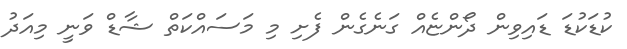
ކުޑަކުޑަ ޑައިވިން ދޯންޏެއް ގަނެގެން ފެށި މި މަސައްކަތް ޝާޑް ވަނީ މިއަދު